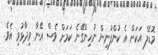
މޮޑެލް އަކަށް އެ ކުންފުނިން ނުހިންގޭނެ ކަމަށް ވެސް އޭނާ ވިދާޅުވި އެވެ.